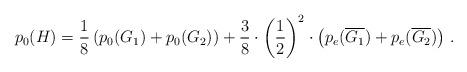
LaTeX: \begin{align*}p_0(H) = \frac{1}{8}\left(p_0(G_1)+p_0(G_2)\right)+\frac{3}{8}\cdot \left(\frac{1}{2}\right)^2\cdot\left(p_e(\overline{G_1})+p_e(\overline{G_2})\right) \,.\end{align*}